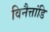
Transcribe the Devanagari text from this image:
विनैत्तांडि